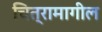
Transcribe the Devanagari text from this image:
चित्रामागील